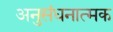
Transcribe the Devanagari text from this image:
अनुसंधनात्मक